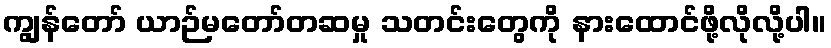
ကျွန်တော် ယာဉ်မတော်တဆမှု သတင်းတွေကို နားထောင်ဖို့လိုလို့ပါ။